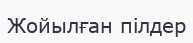
Жойылған пілдер